Civil Veterinary Department. Central Provinces & Berar 1925-31 - 1925-1931
Year: 1925
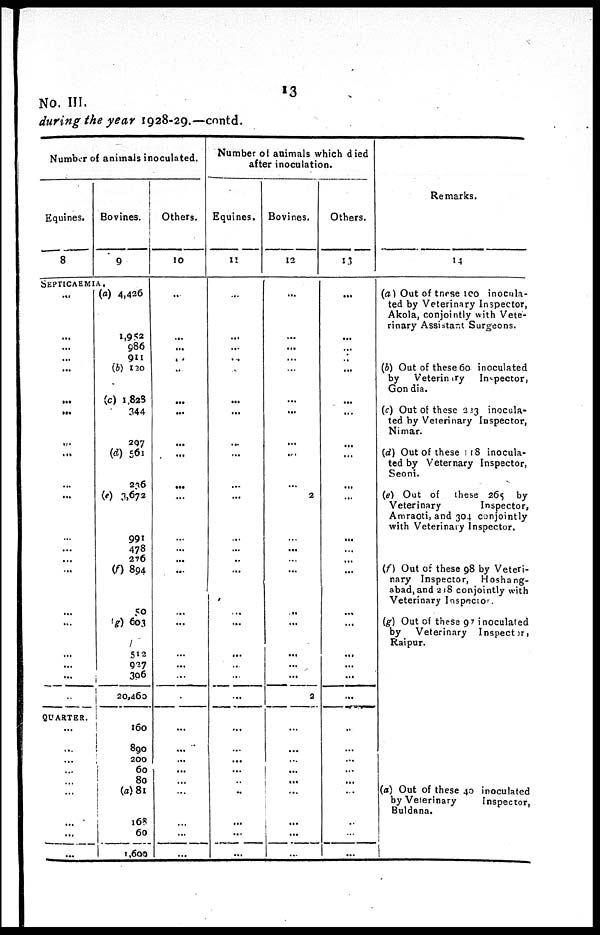
13
No. III.
during the year 1928-29.—contd.
Number of animals inoculated.
Equines.
8
Bovines.
9
SEPTICAEMIA.
...
...
...
...
...
...
...
...
...
...
...
...
...
...
...
...
...
...
...
...
..
QUARTER.
...
...
...
...
...
...
...
...
...
(a) 4,426
1,952
986
911
(b) 120
(c) 1,828
344
207
(d) 561
236
(e) 3,672
991
478
276
(f) 894
50
(g) 603
512
927
396
20,460
160
890
200
60
80
(a) 81
168
60
1,600
Others.
10
...
...
...
...
..
...
...
...
...
...
...
...
...
...
...
...
...
..
...
...
...
...
...
...
...
..
...
...
...
...
Number of animals which died
after inoculation.
Equines.
11
...
...
...
...
...
...
...
...
...
...
...
...
...
..
...
...
...
...
...
...
...
...
...
...
...
...
..
...
...
...
Bovines.
12
...
...
...
...
...
...
...
...
...
...
2
...
...
... ...
...
...
...
...
...
2
...
...
...
...
...
...
...
...
...
Others.
13
...
...
...
..
...
...
...
...
...
...
...
...
...
...
...
...
...
...
...
...
...
...
...
...
...
...
...
...
...
...
Remarks.
14
(a) Out of these 100 inocula-
ted by Veterinary Inspector,
Akola, conjointly with Vete-
rinary Assistant Surgeons.
(b) Out of these 60 inoculated
by
Veterinary
Inspector,
Gondia.
(c) Out of these 223 inocula-
ted by Veterinary Inspector,
Nimar.
(d) Out of these 118 inocula-
ted by Veternary Inspector,
Seoni.
(e) Out of
these 265 by
Veterinary
Inspector,
Amraoti, and 304 conjointly
with Veterinary Inspector.
(f) Out of these 98 by Veteri-
nary Inspector,
Hoshang-
abad, and 218 conjointly with
Veterinary Inspector.
(g) Out of these 97 inoculated
by
Veterinary
Inspector
Raipur.
(a) Out of these 40 inoculated
by Veterinary
Inspector,
Buldana.